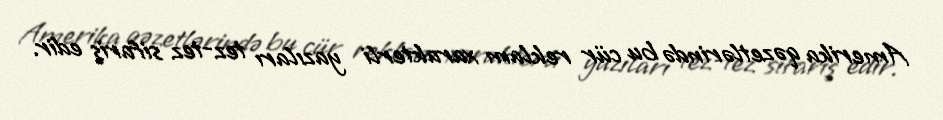
Amerika qəzetlərində bu cür reklam xarakterli yazıları tez-tez sifariş edir.